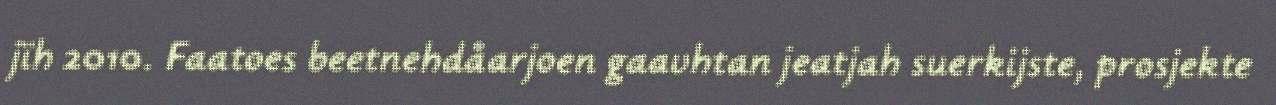
jïh 2010. Faatoes beetnehdåarjoen gaavhtan jeatjah suerkijste, prosjekte